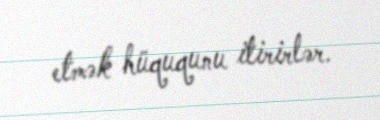
etmək hüququnu itirirlər.